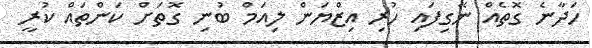
ހަދާނެ ގޮތެއް ނޭގިފައި ހުރި އިޒްޔަން ލިއަމް ބުނި ގޮތަށް ކަންތައް ކުރީ